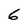
Character: 6